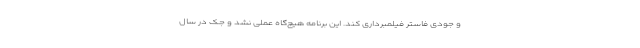
و جودی فاستر فیلمبرداری کند. این برنامه هیچ‌گاه عملی نشد و جک در سال